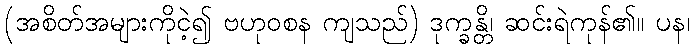
(အစိတ်အများကိုငဲ့၍ ဗဟုဝစန ကျသည်) ဒုက္ခန္တိ၊ ဆင်းရဲကုန်၏။ ပန၊